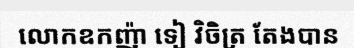
លោកឧកញ៉ា ទៀ វិចិត្រ តែងបាន